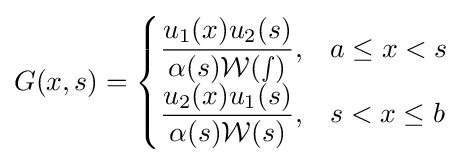
G(x,s)={\begin{cases}{\dfrac {u_{1}(x)u_{2}(s)}{\alpha (s){\mathcal {W(s)}}}},&a\leq x<s\\{\dfrac {u_{2}(x)u_{1}(s)}{\alpha (s){\mathcal {W}}(s)}},&s<x\leq b\end{cases}}